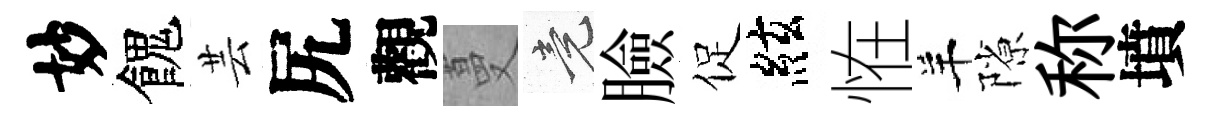
妙餽芸尻觀蔓竟臉促絃恠羊隙称墳